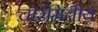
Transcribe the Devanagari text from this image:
चारमितीय